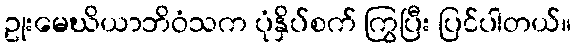
ဥုးမေဃိယာဘိဝံသက ပုံနှိပ်စက် ကြွပြီး ပြင်ပါတယ်။